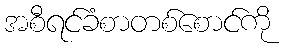
အစီရင်ခံစာတစ်စောင်ကို